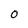
Character: O